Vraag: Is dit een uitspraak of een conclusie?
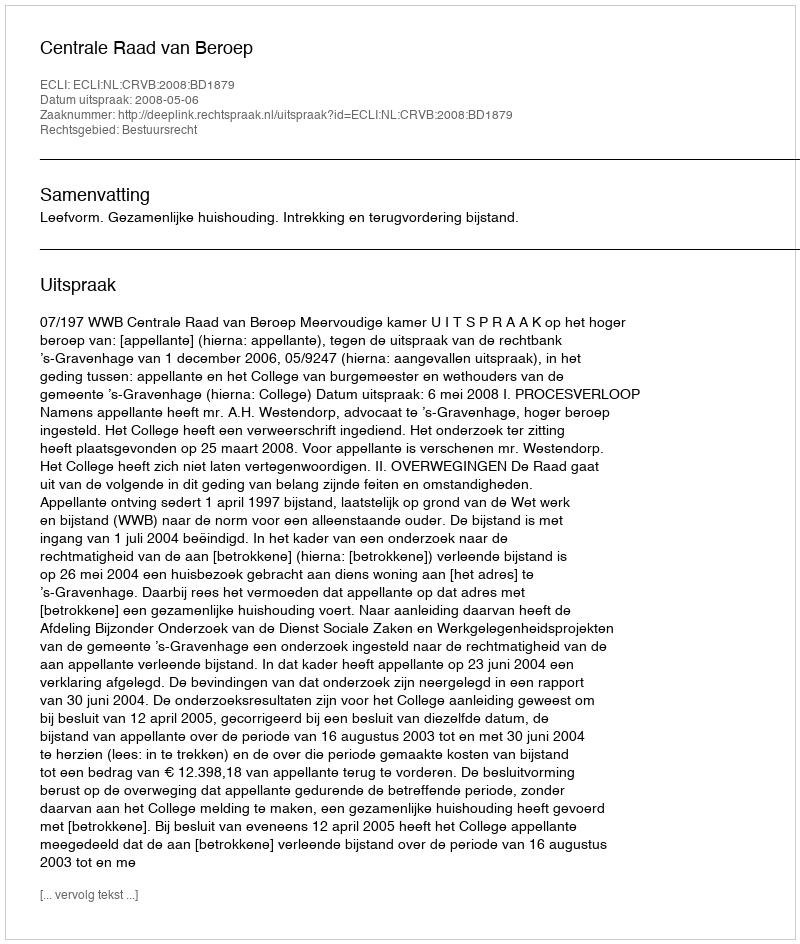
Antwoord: Uitspraak